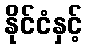
နိုင်ငံနှင့်